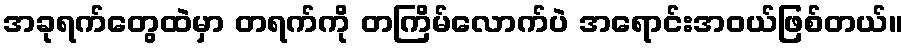
အခုရက်တွေထဲမှာ တရက်ကို တကြိမ်လောက်ပဲ အရောင်းအဝယ်ဖြစ်တယ်။